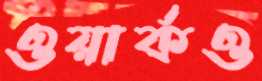
ওয়ার্কও